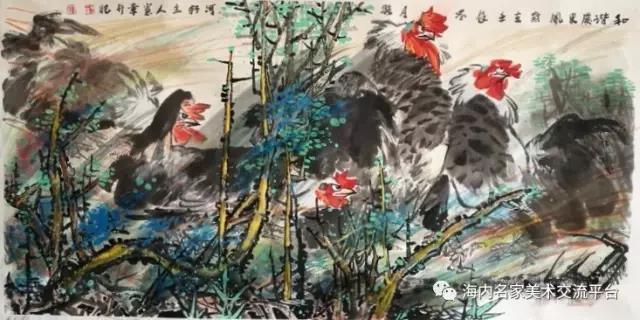
画栋朝飞南浦云，珠帘暮卷西山雨。